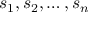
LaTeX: s _ { 1 } , s _ { 2 } , \ldots , s _ { n }